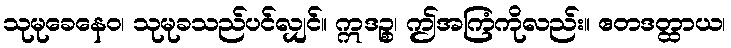
သုမုခေနေဝ၊ သုမုခသည်ပင်လျှင်။ ဣဒဉ္စ၊ ဤအကြံကိုလည်း။ ဧတဒတ္ထာယ၊